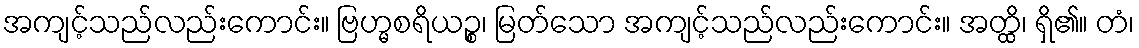
အကျင့်သည်လည်းကောင်း။ ဗြဟ္မစရိယဉ္စ၊ မြတ်သော အကျင့်သည်လည်းကောင်း။ အတ္ထိ၊ ရှိ၏။ တံ၊